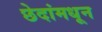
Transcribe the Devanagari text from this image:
छेदांमधून